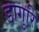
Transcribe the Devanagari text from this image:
डागुरि